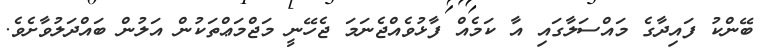
ބޭންކު ފައިދާގެ މައްސަލާގައި އާ ކަމެއް ފާޅުވެއްޖެނަމަ ޖެހޭނީ މަޖްމަޢްތަކުން އަލުން ބައްދަލުވާށެވެ.